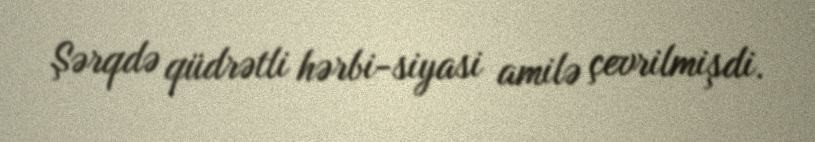
Şərqdə qüdrətli hərbi-siyasi amilə çevrilmişdi.